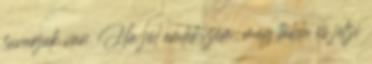
fuvarjuk van. Ha jól emlékszem, még tábla is jelzi